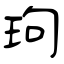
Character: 玽